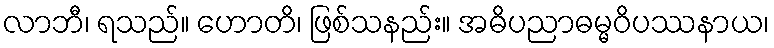
လာဘီ၊ ရသည်။ ဟောတိ၊ ဖြစ်သနည်း။ အဓိပညာဓမ္မဝိပဿနာယ၊